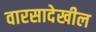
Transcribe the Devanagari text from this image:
वारसादेखील